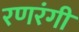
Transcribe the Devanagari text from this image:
रणरंगी